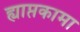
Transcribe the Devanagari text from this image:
ह्याप्तकामा